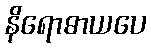
နိရောဓာယပေ